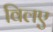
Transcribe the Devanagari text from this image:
विलए